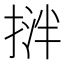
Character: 𢯝